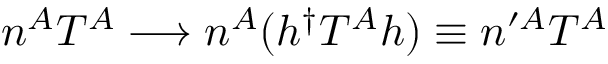
n ^ { A } T ^ { A } \longrightarrow n ^ { A } ( h ^ { \dagger } T ^ { A } h ) \equiv n ^ { \prime A } T ^ { A }